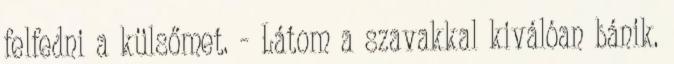
felfedni a külsőmet. - Látom a szavakkal kiválóan bánik.